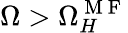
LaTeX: \Omega>\Omega_{H}^{\mathrm{~M~F~}}